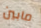
مابين